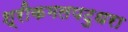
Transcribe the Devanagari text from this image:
श्रीकमलपटुधरा